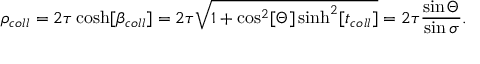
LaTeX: \rho _ { c o l l } = 2 \tau \cosh [ \beta _ { c o l l } ] = 2 \tau \sqrt { 1 + \cos ^ { 2 } [ \Theta ] \sinh ^ { 2 } [ t _ { c o l l } ] } = 2 \tau \frac { \sin \Theta } { \sin \sigma } .